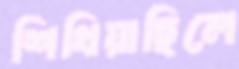
শিখিয়াছিলে